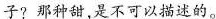
子?那种甜，是不可以描述的。